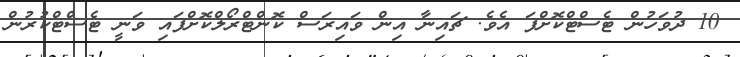
10 ދުވަހުން ޓެސްޓްކޮށްފަ އެވެ. ޗައިނާ އިން ވައިރަސް ކޮންޓްރޯލްކޮށްފައި ވަނީ ޓެސްޓްކުރުން